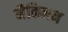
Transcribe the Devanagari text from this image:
मैकिनन